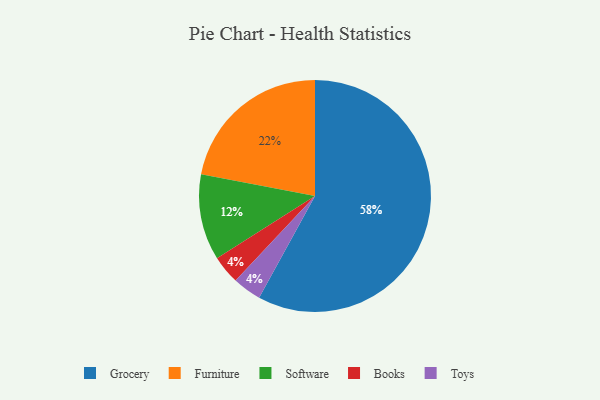
{"axis": {"x": "Category", "y": "Percentage"}, "legend": ["Books", "Furniture", "Grocery", "Software", "Toys"], "data": [{"x": "Books", "y": 4, "type": "Books"}, {"x": "Furniture", "y": 22, "type": "Furniture"}, {"x": "Grocery", "y": 58, "type": "Grocery"}, {"x": "Software", "y": 12, "type": "Software"}, {"x": "Toys", "y": 4, "type": "Toys"}]}